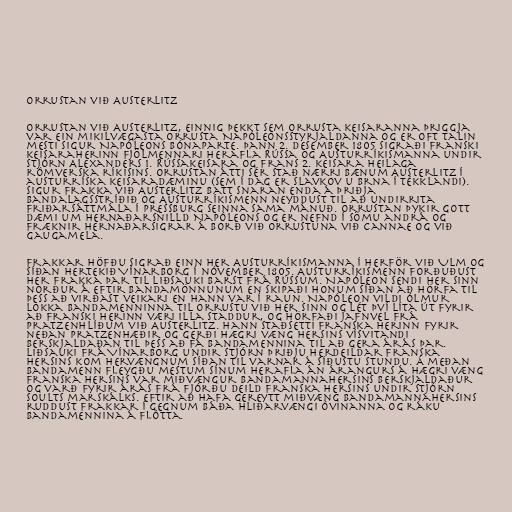
Orrustan við Austerlitz

Orrustan við Austerlitz, einnig þekkt sem orrusta keisaranna þriggja
var ein mikilvægasta orrusta Napóleonsstyrjaldanna og er oft talin
mesti sigur Napóleons Bónaparte. Þann 2. desember 1805 sigraði franski
keisaraherinn fjölmennari herafla Rússa og Austurríkismanna undir
stjórn Alexanders 1. Rússakeisara og Frans 2. keisara Heilaga
rómverska ríkisins. Orrustan átti sér stað nærri bænum Austerlitz í
austurríska keisaradæminu (sem í dag er Slavkov u Brna í Tékklandi).
Sigur Frakka við Austerlitz batt snaran enda á þriðja
bandalagsstríðið og Austurríkismenn neyddust til að undirrita
friðarsáttmála í Pressburg seinna sama mánuð. Orrustan þykir gott
dæmi um hernaðarsnilld Napóleons og er nefnd í sömu andrá og
fræknir hernaðarsigrar á borð við orrustuna við Cannae og við
Gaugamela.

Frakkar höfðu sigrað einn her Austurríkismanna í herför við Ulm og
síðan hertekið Vínarborg í nóvember 1805. Austurríkismenn forðuðust
her Frakka þar til liðsauki barst frá Rússum. Napóleon sendi her sinn
norður á eftir bandamönnunum en skipaði honum síðan að hörfa til
þess að virðast veikari en hann var í raun. Napóleon vildi ólmur
lokka bandamenninna til orrustu við her sinn og lét því líta út fyrir
að franski herinn væri illa staddur, og hörfaði jafnvel frá
Pratzenhlíðum við Austerlitz. Hann staðsetti franska herinn fyrir
neðan Pratzenhæðir og gerði hægri væng hersins vísvitandi
berskjaldaðan til þess að fá bandamennina til að gera árás þar.
Liðsauki frá Vínarborg undir stjórn þriðju herdeildar franska
hersins kom hervængnum síðan til varnar á síðustu stundu. Á meðan
bandamenn fleygðu mestum sínum herafla án árangurs á hægri væng
franska hersins var miðvængur bandamannahersins berskjaldaður
og varð fyrir árás frá fjórðu deild franska hersins undir stjórn
Soults marskálks. Eftir að hafa gereytt miðvæng bandamannahersins
ruddust Frakkar í gegnum báða hliðarvængi óvinanna og ráku
bandamennina á flótta.